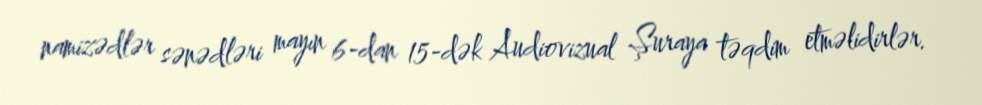
namizədlər sənədləri mayın 6-dan 15-dək Audiovizual Şuraya təqdim etməlidirlər.